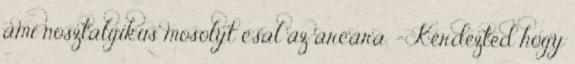
ami nosztalgikus mosolyt csal az arcára. - Kérdezted hogy